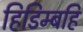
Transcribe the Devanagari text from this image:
हिडिम्बहि